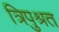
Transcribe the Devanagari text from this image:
त्रिपुश्रत